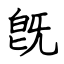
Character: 旣